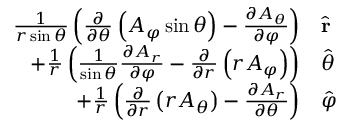
{ \begin{array} { r l } { { \frac { 1 } { r \sin \theta } } \left( { \frac { \partial } { \partial \theta } } \left( A _ { \varphi } \sin \theta \right) - { \frac { \partial A _ { \theta } } { \partial \varphi } } \right) } & { { \hat { \mathbf { r } } } } \\ { + { \frac { 1 } { r } } \left( { \frac { 1 } { \sin \theta } } { \frac { \partial A _ { r } } { \partial \varphi } } - { \frac { \partial } { \partial r } } \left( r A _ { \varphi } \right) \right) } & { { \hat { \boldsymbol { \theta } } } } \\ { + { \frac { 1 } { r } } \left( { \frac { \partial } { \partial r } } \left( r A _ { \theta } \right) - { \frac { \partial A _ { r } } { \partial \theta } } \right) } & { { \hat { \boldsymbol { \varphi } } } } \end{array} }